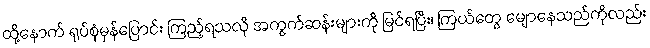
ထို့နောက် ရုပ်စုံမှန်ပြောင်း ကြည့်ရသလို အကွက်ဆန်းများကို မြင်ရပြီး၊ ကြယ်တွေ မျောနေသည်ကိုလည်း